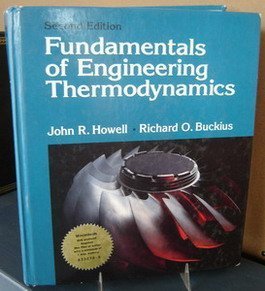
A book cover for Fundamentals of Engineering Thermodynamics; John R. Howell; Science & Math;